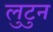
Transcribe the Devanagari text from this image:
लुटुन